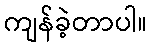
ကျန်ခဲ့တာပါ။